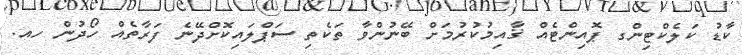
ކާޑު ކަލެކްޓިންގ ޕޮއިންޓެއް ޤާއިމުކުރުމަށް ބޭނުންވާ ތަކެތި ސަޕްލައިކޮށްދޭނެ ފަރާތެއް ހޯދުން ހއ.